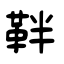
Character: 靽